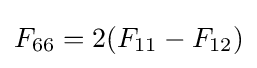
F_{66}=2(F_{11}-F_{12})